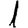
Digit: 1